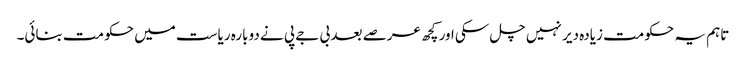
تاہم یہ حکومت زیادہ دیر نہیں چل سکی اور کچھ عرصے بعد بی جے پی نے دوبارہ ریاست میں حکومت بنائی۔